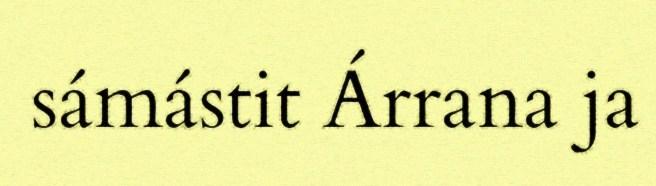
sámástit Árrana ja